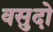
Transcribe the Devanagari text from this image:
वसुदो